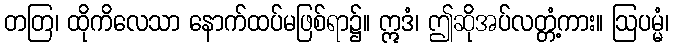
တတြ၊ ထိုကိလေသာ နောက်ထပ်မဖြစ်ရာ၌။ ဣဒံ၊ ဤဆိုအပ်လတ္တံ့ကား။ ဩပမ္မံ၊